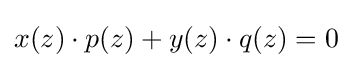
x(z)\cdot p(z)+y(z)\cdot q(z)=0